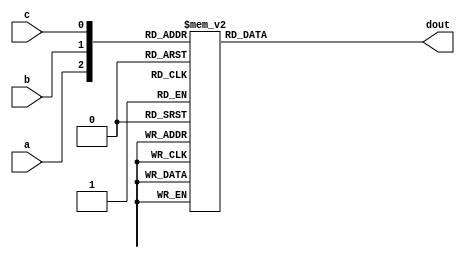
`timescale 1ns / 1ps
//////////////////////////////////////////////////////////////////////////////////
// Company: 
// Engineer: 
// 
// Design Name: 
// Module Name:    decoder3 
// Project Name: 
// Target Devices: 
// Tool versions: 
// Description: 
//
// Dependencies: 
//
// Revision: 
// Revision 0.01 - File Created
// Additional Comments: 
//
//////////////////////////////////////////////////////////////////////////////////
module decoder3(a,b,c,dout
    );
input a,b,c;
output[7:0]dout;
reg[7:0]dout;
always@(a,b,c)
begin
case({a,b,c})
3'b000:dout=8'b00000001;
3'b001:dout=8'b00000010;
3'b010:dout=8'b00000100;
3'b011:dout=8'b00001000;
3'b100:dout=8'b00010000;
3'b101:dout=8'b00100000;
3'b110:dout=8'b01000000;
3'b111:dout=8'b10000000;

endcase
end

endmodule